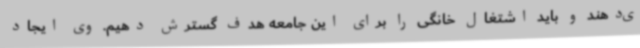
ی‌دهند و باید اشتغال خانگی را برای این جامعه هدف گسترش دهیم. وی ایجاد